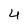
Character: 4